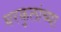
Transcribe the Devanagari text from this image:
घरकुलांच्या